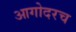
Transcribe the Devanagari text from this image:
आगोदरच